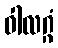
ဝါလဂ္ဂံ